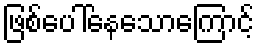
ဖြစ်ပေါ်နေသောကြောင့်